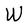
Character: W